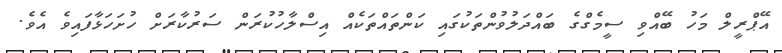
އޭޕްރީލް މަހު ބޭއްވި ސީމެގްގެ ބައްދަލުވުންތަކުގައި ކަންތައްތަކެއް އިސްލާހުކުރަން ސަރުކާރަށް ހުށަހަޅާފައިވެ އެވެ.